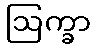
ဩက္ခာ